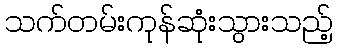
သက်တမ်းကုန်ဆုံးသွားသည့်